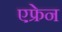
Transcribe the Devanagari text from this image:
एफ्रेन